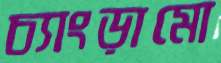
চ্যাংড়ামো